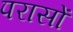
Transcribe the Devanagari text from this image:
परासों